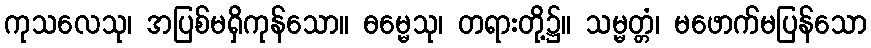
ကုသလေသု၊ အပြစ်မရှိကုန်သော။ ဓမ္မေသု၊ တရားတို့၌။ သမ္မတ္တံ၊ မဖောက်မပြန်သော